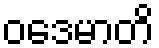
ဝဒေမာတိ